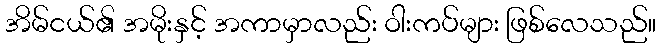
အိမ်ငယ်၏ အမိုးနှင့် အကာမှာလည်း ဝါးကပ်များ ဖြစ်လေသည်။